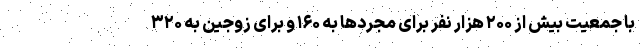
با جمعیت بیش از ۲۰۰ هزار نفر برای مجردها به ۱۶۰ و برای زوجین به ۳۲۰